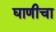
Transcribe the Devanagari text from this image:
घाणीचा